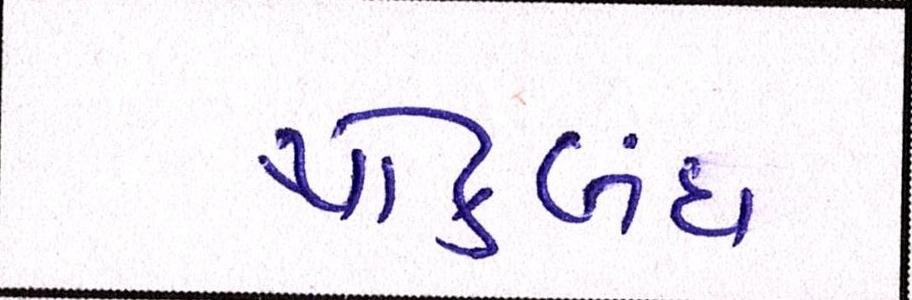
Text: થોકબંધ